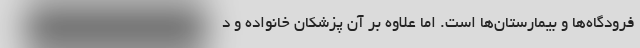
فرودگاه‌ها و بیمارستان‌ها است. اما علاوه بر آن پزشکان خانواده و د